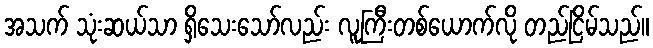
အသက် သုံးဆယ်သာ ရှိသေးသော်လည်း လူကြီးတစ်ယောက်လို တည်ငြိမ်သည်။